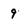
Character: 9